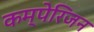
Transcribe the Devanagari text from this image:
कम्पेरिजन